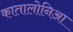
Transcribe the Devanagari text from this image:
कातालोनिआ